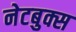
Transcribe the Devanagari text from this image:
नेटबुक्स